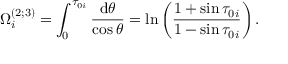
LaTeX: \Omega _ { i } ^ { ( 2 ; 3 ) } = \int _ { 0 } ^ { \tau _ { 0 i } } \frac { \mathrm { d } \theta } { \cos \theta } = \ln \left( \frac { 1 + \sin \tau _ { 0 i } } { 1 - \sin \tau _ { 0 i } } \right) .